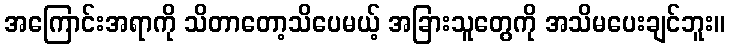
အကြောင်းအရာကို သိတာတော့သိပေမယ့် အခြားသူတွေကို အသိမပေးချင်ဘူး။